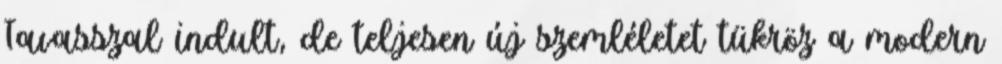
Tavasszal indult, de teljesen új szemléletet tükröz a modern